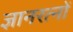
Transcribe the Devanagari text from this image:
ज्ञानरत्नों